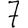
Digit: 7